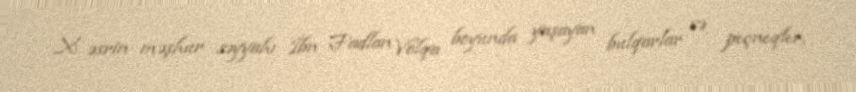
X əsrin məşhur səyyahı İbn Fadlan Volqa boyunda yaşayan bulqarlar və peçneqler,